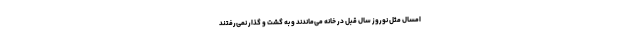
امسال مثل نوروز سال قبل در خانه می‌ماندند و به گشت و گذار نمی‌رفتند